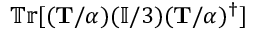
\mathbb { T r } [ ( \mathbf { T } / \alpha ) ( \mathbb { I } / 3 ) ( \mathbf { T } / \alpha ) ^ { \dagger } ]